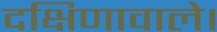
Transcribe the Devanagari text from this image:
दक्षिणावाले।